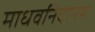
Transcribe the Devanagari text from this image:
माधवनिदानम